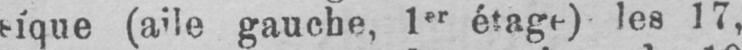
sique (aile gauche, 1er étage) les 17,